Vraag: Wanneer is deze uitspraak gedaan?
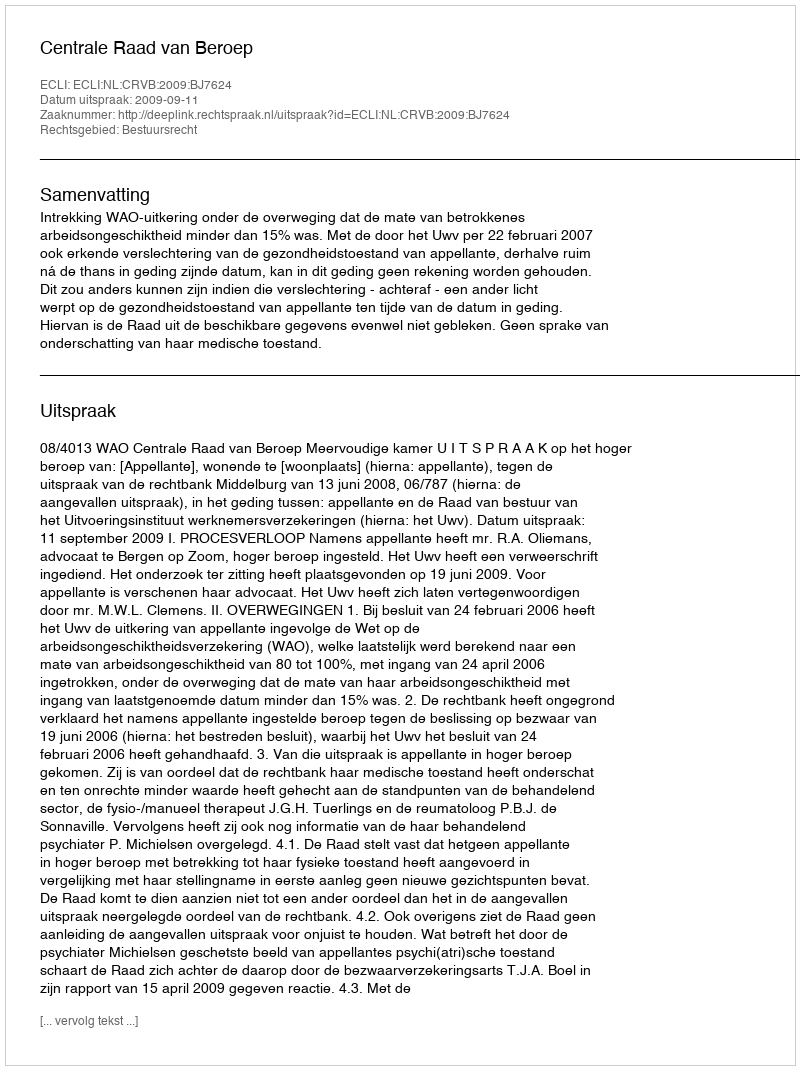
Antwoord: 2009-09-11